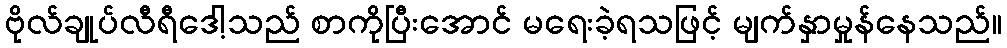
ဗိုလ်ချုပ်လီရီဒေါ့သည် စာကိုပြီးအောင် မရေးခဲ့ရသဖြင့် မျက်နှာမှုန်နေသည်။